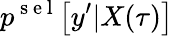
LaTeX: p^{\mathrm{~s~e~l~}}\bigl[y^{\prime}|X(\tau)\bigr]